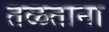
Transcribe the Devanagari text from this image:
तळताना